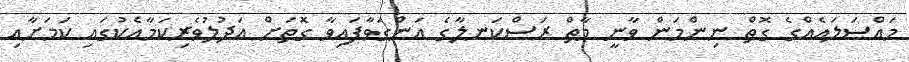
މައްސަލައެއްގެ ގޮތް ނިންމަން ވާނީ މާތް ރަސްކަނލާގެ އަންގަވާފައިވާ ގޮތަށް އަދުލުވެރިކަމާއެކުގައި ކަމަށާއި